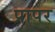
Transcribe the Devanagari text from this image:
प्रापर